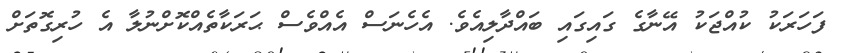
ފަހަރަކު ކުއްޖަކު އޭނާގެ ގައިގައި ބައްދާލިއެވެ. އެހެނަސް އެއްވެސް ޙަރަކާތެއްކޮށްނުލާ އެ ހުރިގޮތަށް